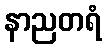
နာညတရံ